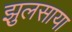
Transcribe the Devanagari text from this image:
झुलसाया